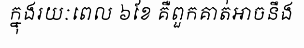
ក្នុងរយៈពេល ៦ខែ គឺពួកគាត់អាចនឹង